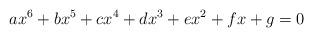
LaTeX: \begin{align*}ax^6+bx^5+cx^4+dx^3+ex^2+fx+g=0\end{align*}